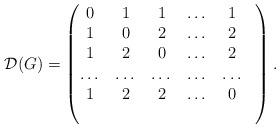
LaTeX: \begin{align*}\mathcal{D}(G)= \begin{pmatrix} \begin{matrix} 0 & 1 & 1 & \dots & 1 \\ 1 & 0 & 2 & \dots & 2 \\ 1 & 2 & 0 & \dots & 2 \\ \dots & \dots & \dots & \dots & \dots \\ 1 & 2 & 2 & \dots & 0 \end{matrix} & \\ & \\ \end{pmatrix}.\end{align*}